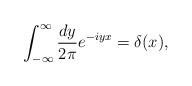
LaTeX: \begin{align*}\int_{-\infty}^{\infty} \frac{dy}{2\pi} e^{-iyx} = \delta(x),\end{align*}